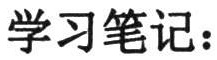
学习笔记：